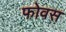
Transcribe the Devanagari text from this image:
फोवस